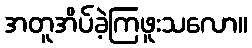
အတူအိပ်ခဲ့ကြဖူးသလော။